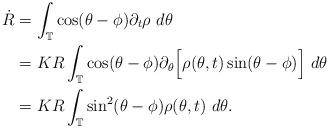
LaTeX: \begin{align*}\begin{aligned}{\dot R} &= \int_{\mathbb T} \cos(\theta - \phi) \partial_t \rho ~ d\theta \\&= KR \int_{\mathbb T} \cos(\theta - \phi) \partial_\theta \Big[ \rho(\theta, t) \sin(\theta - \phi) \Big] ~ d\theta \\&= KR \int_{\mathbb T} \sin^2(\theta - \phi) \rho(\theta, t) ~ d\theta.\end{aligned}\end{align*}